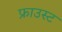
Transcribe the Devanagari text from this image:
फ्राउस्ट